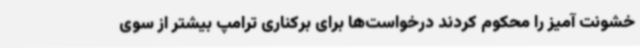
خشونت آمیز را محکوم کردند درخواست‌ها برای برکناری ترامپ بیشتر از سوی